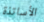
الأساتذة